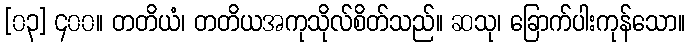
[၀၃] ၄၀၀။ တတိယံ၊ တတိယအကုသိုလ်စိတ်သည်။ ဆသု၊ ခြောက်ပါးကုန်သော။